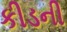
કીડની